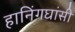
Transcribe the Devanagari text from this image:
हानिंगघांसी